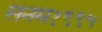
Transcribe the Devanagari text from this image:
सनम१९९५